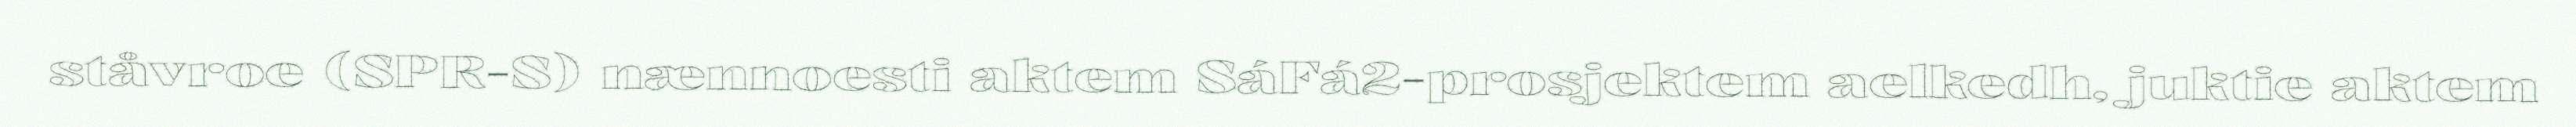
ståvroe (SPR-S) nænnoesti aktem SáFá2-prosjektem aelkedh, juktie aktem